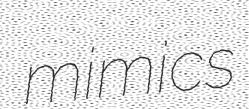
mimics